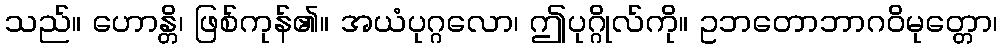
သည်။ ဟောန္တိ၊ ဖြစ်ကုန်၏။ အယံပုဂ္ဂလော၊ ဤပုဂ္ဂိုလ်ကို။ ဥဘတောဘာဂဝိမုတ္တော၊